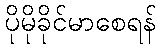
ပိုမိုခိုင်မာစေရန်